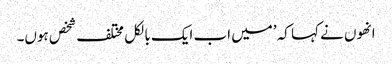
انھوں نے کہا کہ ’میں اب ایک بالکل مختلف شخص ہوں۔